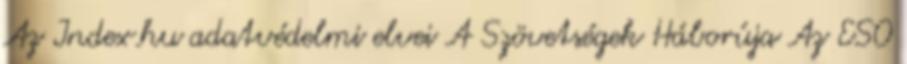
Az Index.hu adatvédelmi elvei A Szövetségek Háborúja Az ESO